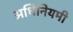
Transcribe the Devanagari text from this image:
अधिनियमी